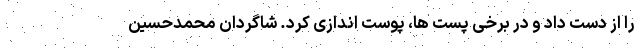
را از دست داد و در برخی پست ها، پوست اندازی کرد. شاگردان محمدحسین